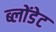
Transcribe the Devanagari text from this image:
ब्लोंडेट